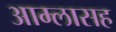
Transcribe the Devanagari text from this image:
आम्लासह